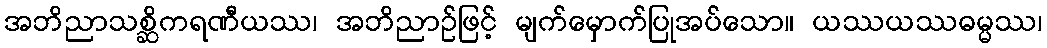
အဘိညာသစ္ဆိကရဏီယဿ၊ အဘိညာဉ်ဖြင့် မျက်မှောက်ပြုအပ်သော။ ယဿယဿဓမ္မဿ၊